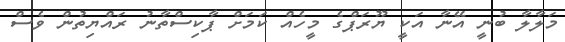
މަލާލާ ބުނީ އޭނާ އަކީ ޔޫރަޕްގެ މީހެއް ކަމަށް ޕާކިސްތާނު ރައްޔިތުން ވެސް